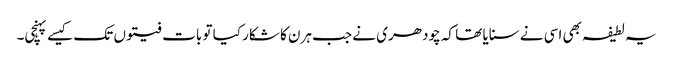
یہ لطیفہ بھی اسی نے سنایا تھا کہ چودھری نے جب ہرن کا شکار کیا تو بات فیتوں تک کیسے پہنچی۔